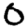
Digit: 0